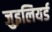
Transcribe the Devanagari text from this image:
जुइलियर्ड